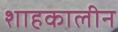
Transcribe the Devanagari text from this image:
शाहकालीन